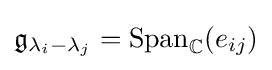
{\mathfrak {g}}_{\lambda _{i}-\lambda _{j}}={\text{Span}}_{\mathbb {C} }(e_{ij})